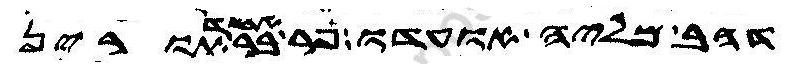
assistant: דהב מליה אועדו פר אחד בר תורין